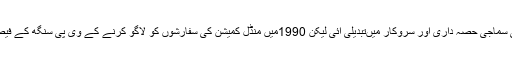
گزشتہ صدی کی آخری سہ ماہی میںسیاست کی سماجی حصہ داری اور سروکار میںتبدیلی آئی لیکن 1990میں منڈل کمیشن کی سفارشوں کو لاگو کرنے کے وی پی سنگھ کے فیصلے نے اس کی پوری سماجی شکل کو بدل دیا۔